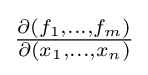
{\textstyle {\frac {\partial (f_{1},\ldots ,f_{m})}{\partial (x_{1},\ldots ,x_{n})}}}